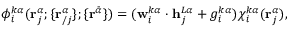
\phi _ { i } ^ { k \alpha } ( \mathbf { r } _ { j } ^ { \alpha } ; \{ \mathbf { r } _ { / j } ^ { \alpha } \} ; \{ \mathbf { r } ^ { \bar { \alpha } } \} ) = ( \mathbf { w } _ { i } ^ { k \alpha } \cdot \mathbf { h } _ { j } ^ { L \alpha } + g _ { i } ^ { k \alpha } ) \chi _ { i } ^ { k \alpha } ( \mathbf { r } _ { j } ^ { \alpha } ) ,